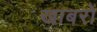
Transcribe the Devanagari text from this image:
खाबरों